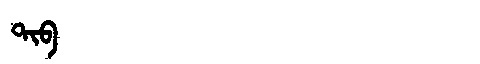
Manchu: ᡨᡳᠪ
Romanization: TIB